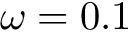
\omega = 0 . 1